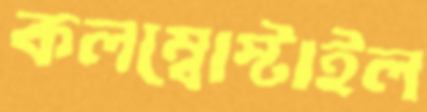
কলম্বোস্টাইল